Statistical return of the lunatic asylum in Assam - 1912-1932
Year: 1912
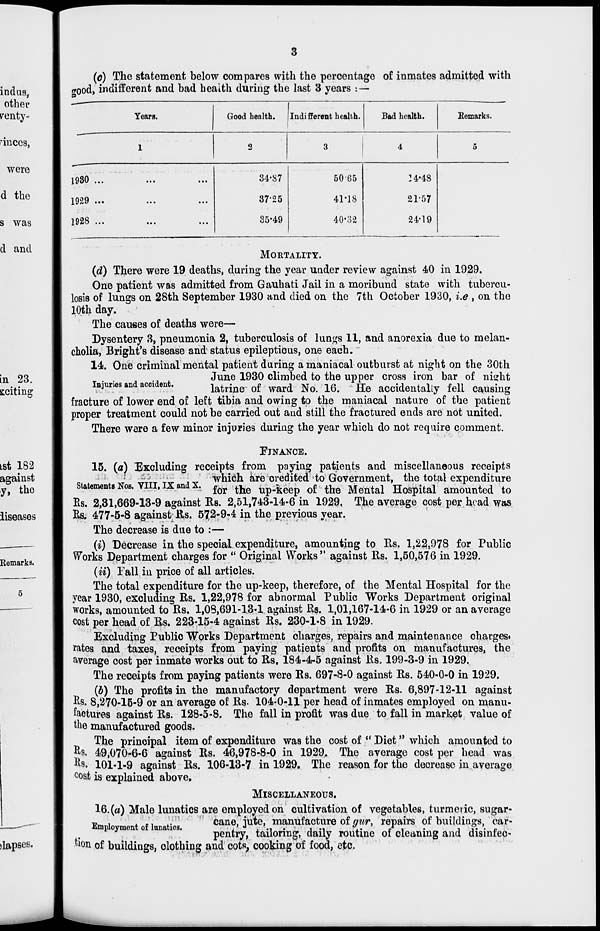
3
(o) The statement below compares with the percentage of inmates admitted with
ffood, indifferent and bad health during the last 3 years : —
Years.
Good health. Indi fferent health.
Bad health.
Remarks.
1
2
3
4
5
1980 ...
...
34-87
5065
!4'48
1929 ...
...
3725
41-18
21-57
1928 ...
...
35-49
40-32
24-19
MORTALITY.
(d) There were 19 deaths, during the year under review against 40 in 1929.
One patient was admitted from Gauhati Jail in a moribund state with tubercu-
losis of lungs on 28th September 1930 and died on the 7th October 1930, i.e , on the
10th day.
The causes of deaths were—
Dysentery 3, pneumonia 2, tuberculosis of lungs 11, and anorexia due to melan-
cholia, Bright's disease and status epilepticus, one each.
14. One criminal mental patient during a maniacal outburst at night on the 30th
June 1930 climbed to the upper cross iron bar of ni»ht
iB 3 unes and accident.
]M^e 0 f ward No. 16. He accidentally fell causing
fracture of lower end of left tibia and owing to the maniacal nature of the patient
proper treatment could not be carried out and still the fractured ends are not united.
There were a few minor injuries during the year which do not require comment.
FINANCE.
15. {a) Excluding receipts from paying patients and miscellaneous receipts
! _r T ; T TTr v which are credited to Government, the total expenditure
Statements Nos. VIII, IX and X. ^ ^ up _fc eep of the Mental Hospital amounted to
Rs. 2,31,669-13-9 against Rs. 2,51,743-14-6 in 1929, The average cost per head was
Rs. 477-5-8 against Rs. 572-9-4 in the previous year.
The decrease is due to :—
(i) Decrease in the special expenditure, amounting to Rs. 1,2^,978 for Public
Works Department charges for " Original Works" against Rs. 1,50,576 in 1929.
(ii) Fall in price of all articles.
The total expenditure for the up-keep, therefore, of the Mental Hospital for the
year 1930, excluding Rs. 1,22,978 for abnormal Public Works Department original
works, amounted to Rs. 1,08,691-1.3*1 against Rs. 1,01,167-14-6 in 1929 or an average
cost per head of Rs. 223-15-4 against Rs. 230-1-8 in 1929.
Excluding Public Works Department charges, repairs and maintenance charges*
rates and taxes, receipts from paying patients and profits on manufactures, the
average cost per inmate works out to Rs. 184-4-5 against Rs, 199-3-9 in 1929.
The receipts from paying patients were Rs. 697-S-O against Rs. 540-0-0 in 1929.
(b) The profits in the manufactory department were Rs. 6,897-12-11 against
Rs. 8,270-15-9 or an average of Rs. 104-0-11 per head of inmates employed on manu-
factures against Rs. 128-5-8. The fall in profit was due to fall in market value of
the manufactured goods.
The principal item of expenditure was the cost of " Diet" which amounted to
&s. 49,070-6-6 against Rs. 46,978-8-0 in 1929. The average cost per head was
Rs. 101-1-9 against Rs. 106-13-7 in 1929. The reason for the decrease in average
°os,t is explained above.
MISCELLANEOUS.
16. (a) Male lunatics are employed on cultivation of vegetables, turmeric, sugar-
TJK,
. ,,
'
cane, iute, manufacture of gtir, repairs of buildings, car-
iSmployment of lunatics.
7' J , \, .
...
ft, ■ ' £ " .
.
, P. '. „
pentry, tailoring, daily routine of cleaning and disinfec-
tion of buildings, olothing and cots, cooking of food, etc.